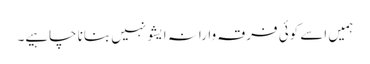
ہمیں اسے کوئی فرقہ وارانہ ایشو نہیں بنانا چاہیے۔